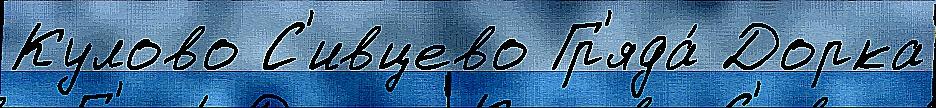
Кулово С'ивцево Гр'яда́ Дорка